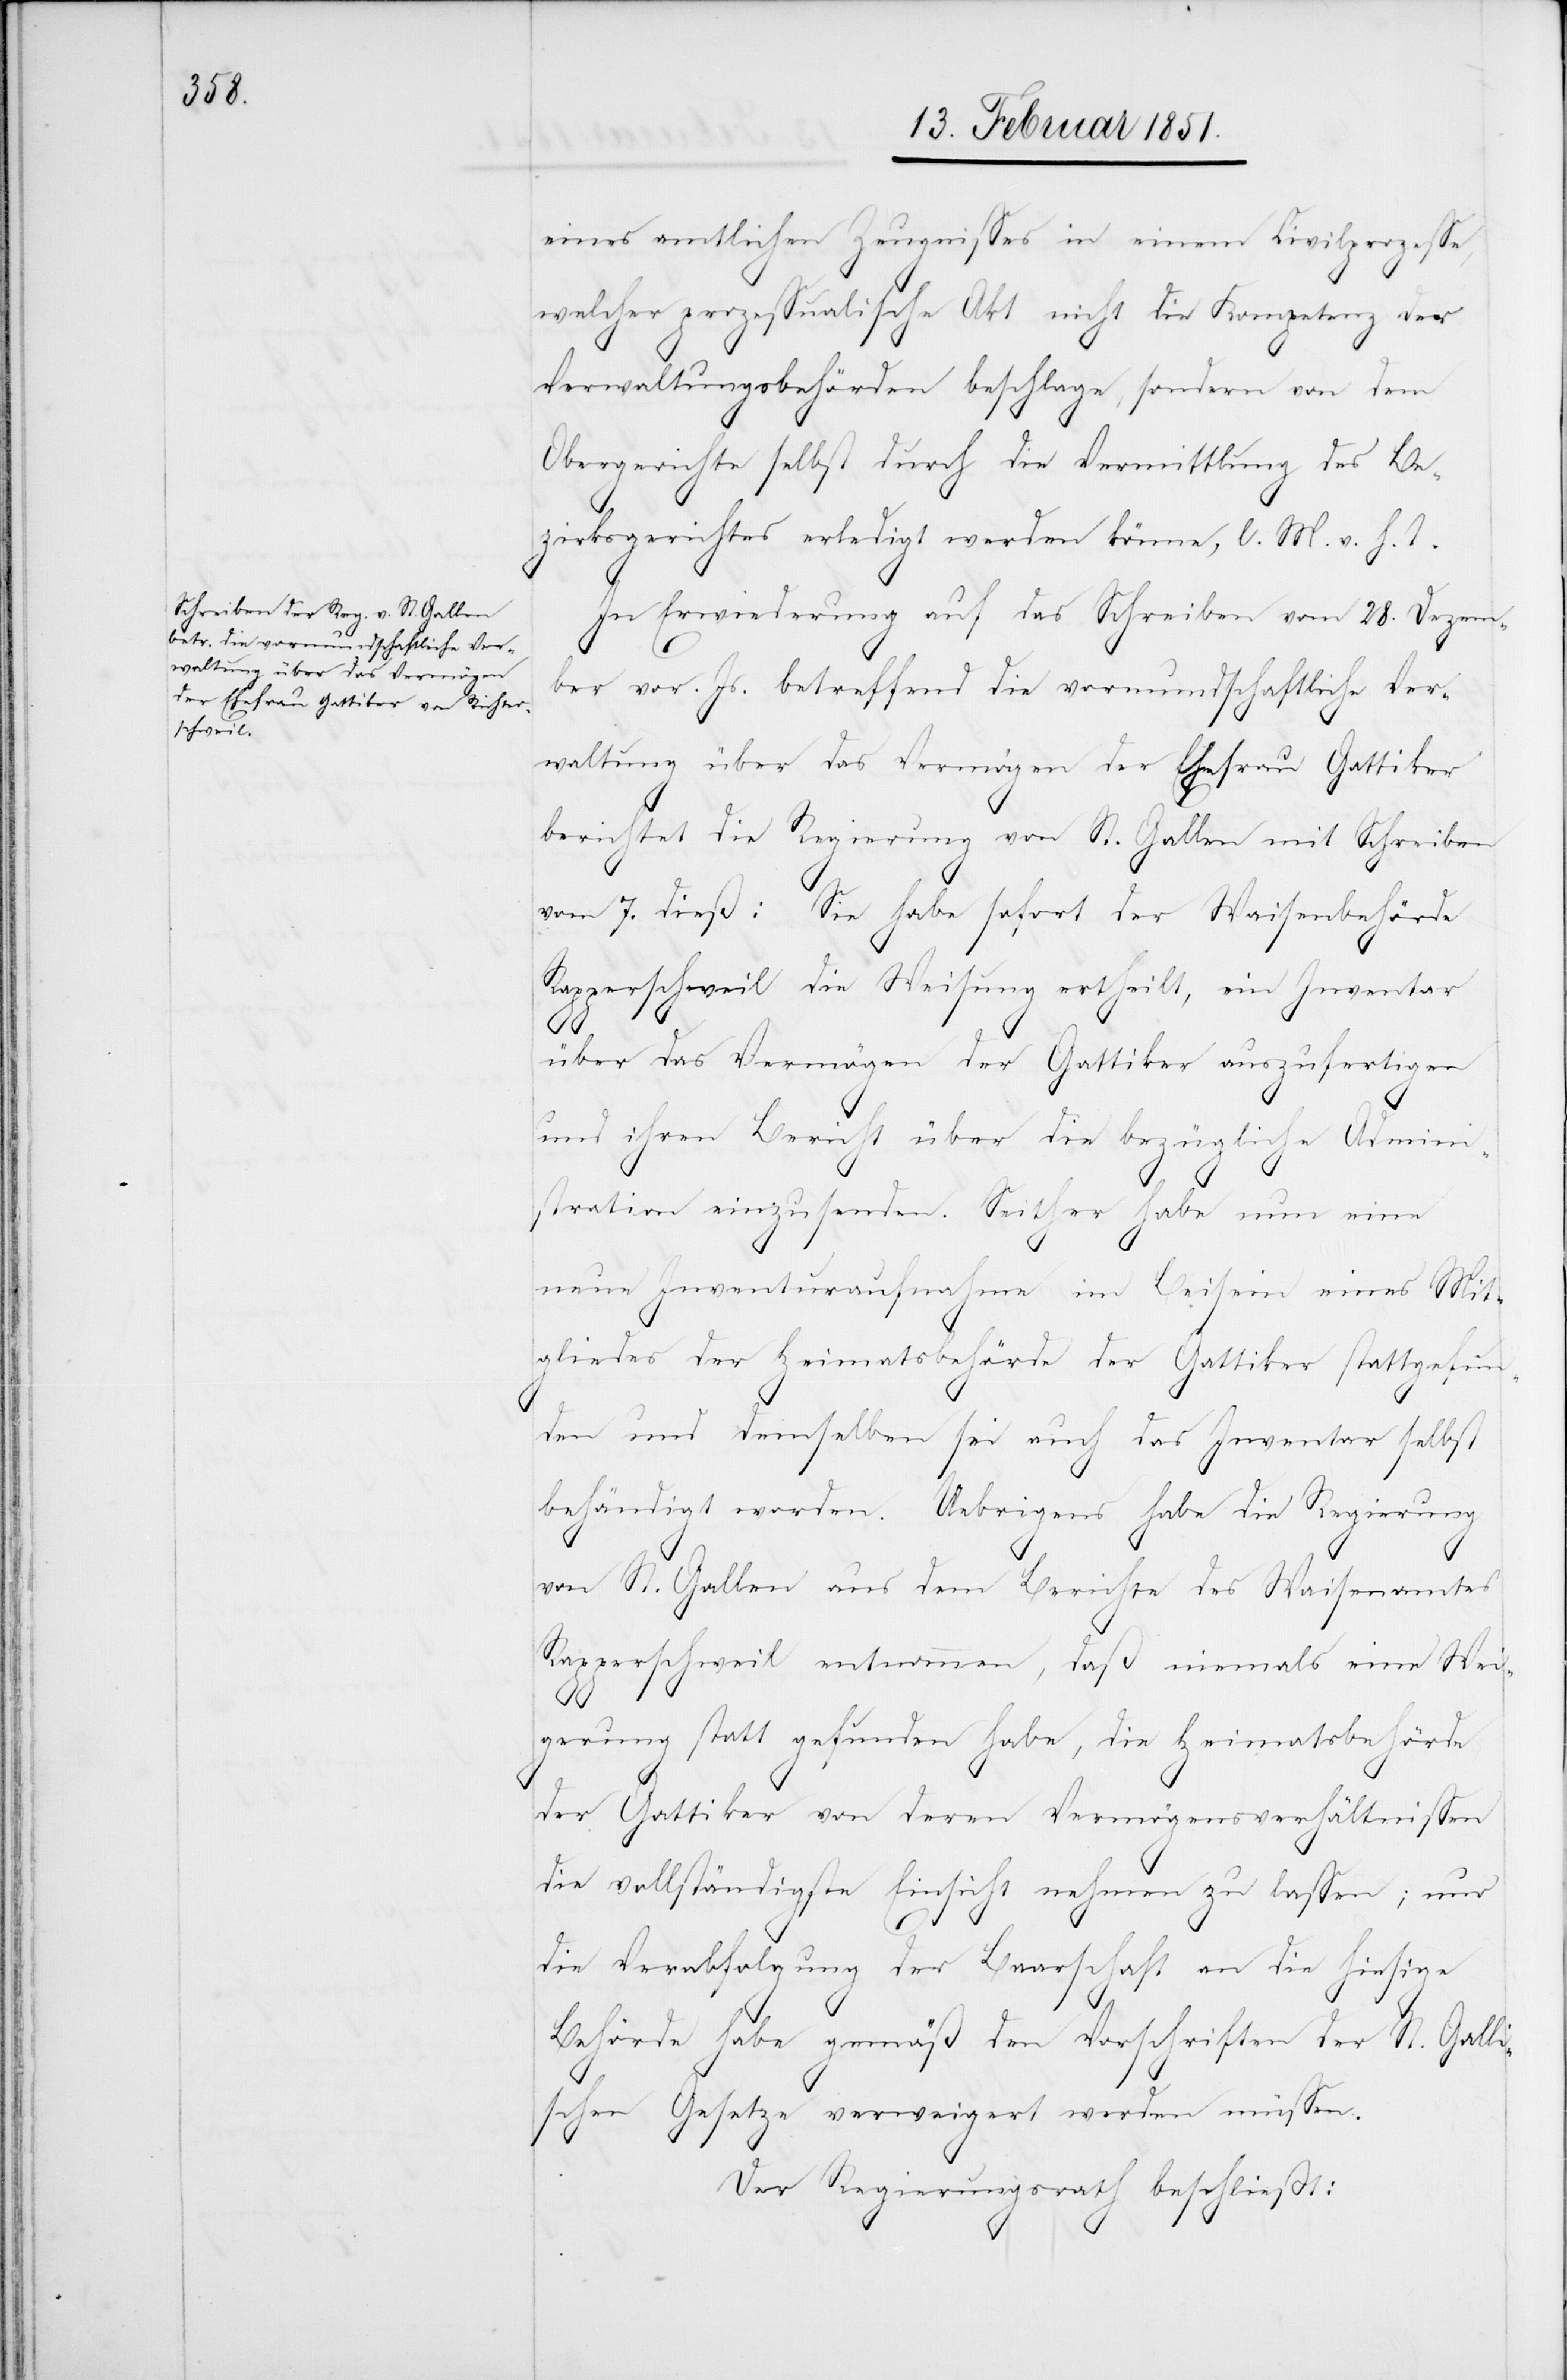
eines amtlichen Zeugnisses in einem Civilprozesse,
welcher prozessualischer Akt nicht die Kompetenz der
Verwaltungsbehörden beschlage, sondern von dem
Obergerichte selbst durch die Vermittlung des Be¬
zirksgerichtes erledigt werden könne, l. M. v. h. T.
In Erwiederung auf das Schreiben vom 28. Dezem¬
ber vor. Js. betreffend die vormundschaftliche Ver¬
waltung über das Vermögen der Ehefrau Gattiker
berichtet die Regierung von St. Gallen mit Schreiben
vom 7. dieß: Sie habe sofort der Waisenbehörde
Rapperschweil die Weisung ertheilt, ein Inventar
über das Vermögen der Gattiker auszufertigen
und ihren Bericht über die bezügliche Admini¬
stration einzusenden. Seither habe nun eine
neue Inventuraufnahme im Beisein eines Mit¬
gliedes der Heimatsbehörde der Gattiker stattgefun¬
den und demselben sei auch das Inventar selbst
behändigt worden. Uebrigens habe die Regierung
von St. Gallen aus dem Berichte des Waisenamtes
Rapperschweil entnommen, daß niemals eine Wei¬
gerung statt gefunden habe, die Heimatsbehörde
der Gattiker von deren Vermögensverhältnissen
die vollständigste Einsicht nehmen zu lassen; nur
die Verabfolgung der Baarschaft an die hiesige
Behörde habe gemäß den Vorschriften der St. Galli¬
schen Gesetze verweigert werden müssen.
Der Regierungsrath beschließt: